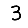
Digit: 3